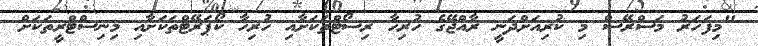
"މިފަހަރު މަސްރޭސް މި ކުރިއަށްދަނީ ރާއްޖޭގެ ހުރިހާ ރިސޯޓްތަކަށާއި ހުރިހާ ކޯޕަރޭޓްތަކަށާއި މިނިސްޓްރީތަކަށް